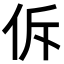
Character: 𪜲